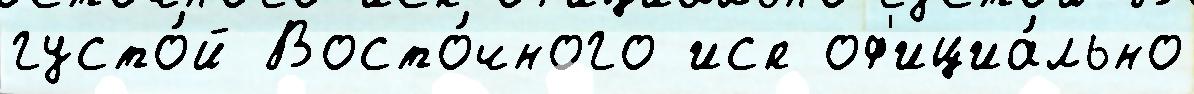
густо́й Восто́чного исп оф'ициа́льно